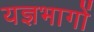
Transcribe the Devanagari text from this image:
यज्ञभागों